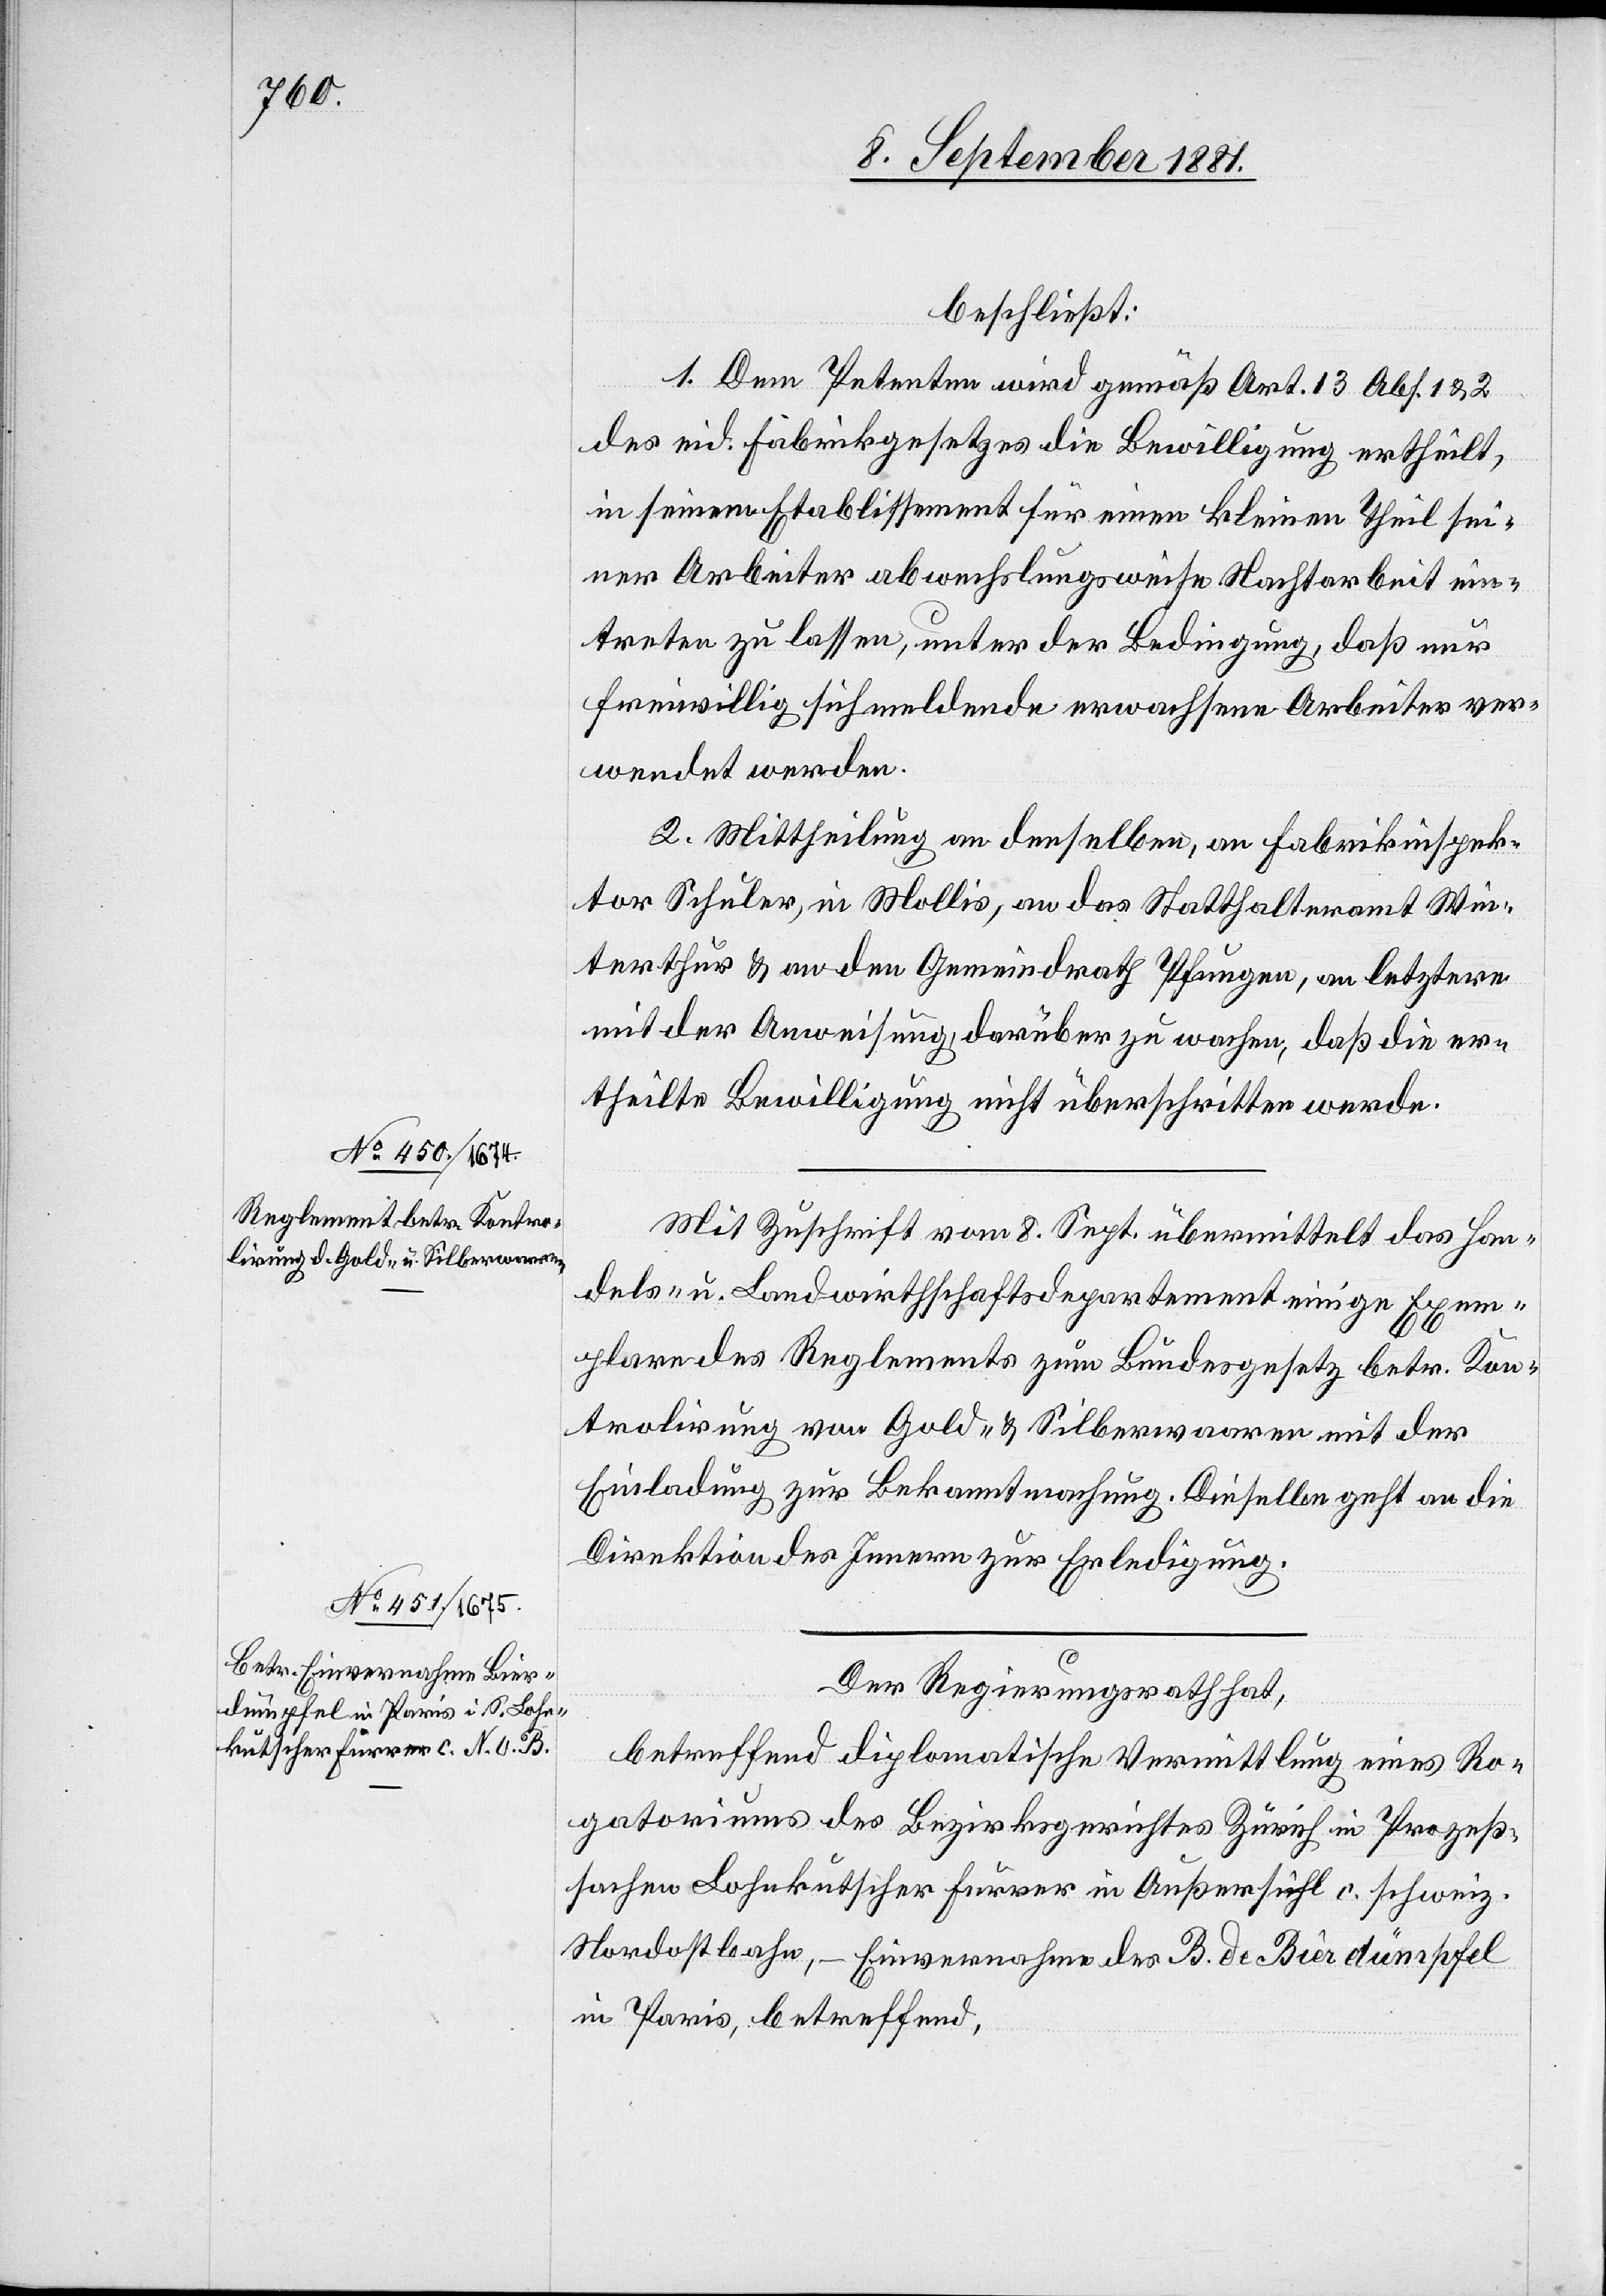
9. September 1881.]
beschließt:
1. Dem Petenten wird gemäß Art. 13[,] Abs. 1 & 2
des eid. Fabrikgesetzes die Bewilligung ertheilt,
in seinem Etablissement für einen kleinen Theil sei¬
ner Arbeiter abwechslungsweise Nachtarbeit ein¬
treten zu lassen, unter der Bedingung, daß nur
freiwillig sich meldende erwachsene Arbeiter ver¬
wendet werden.
2. Mittheilung an denselben, an Fabrikinspek¬
tor Schuler, in Mollis, an das Statthalteramt Win¬
terthur & an den Gemeindrath Pfungen, an letzern
mit der Anweisung, darüber zu wachen, daß die er¬
theilte Bewilligung nicht überschritten werde.
Mit Zuschrift vom 8. Sept. übermittelt das Han¬
dels- u. Landwirthschaftsdepartement einige Exem¬
plare des Reglements zum Bundesgesetz betr. Kon¬
trolirung von Gold- & Silberwaaren mit der
Einladung zur Bekanntmachung. Dieselbe geht an die
Direktion des Innern zur Erledigung.